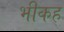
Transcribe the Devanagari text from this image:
भीकह